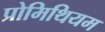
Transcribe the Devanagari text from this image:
प्रोमिथियम